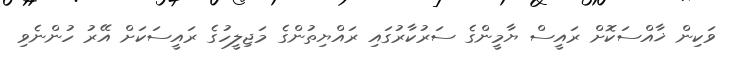
ވަކިން ޚާއްސަކޮށް ރައީސް ޔާމީންގެ ސަރުކާރުގައި ރައްޔިތުންގެ މަޖިލީހުގެ ރައީސަކަށް އޭރު ހުންނެވި